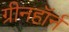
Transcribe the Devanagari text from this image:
ग्रीनहॉर्न